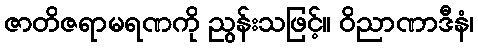
ဇာတိဇရာမရဏကို ညွန်းသဖြင့်။ ဝိညာဏာဒီနံ၊